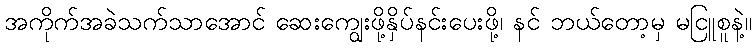
အကိုက်အခဲသက်သာအောင် ဆေးကျွေးဖို့နှိပ်နင်းပေးဖို့၊ နင် ဘယ်တော့မှ မငြူစူနဲ့။